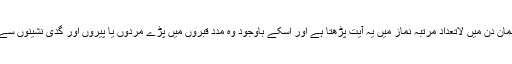
اسکا مطلب یہ ہوا جو مسلمان دن میں لاتعداد مرتبہ نماز میں یہ آیت پڑھتا ہے اور اسکے باوجود وہ مدد قبروں میں پڑے مردوں یا پیروں اور گدی نشینوں سے مانگتا ہے وہ منافق ہے۔